Scottish Leaving Certificate Examination, 1961
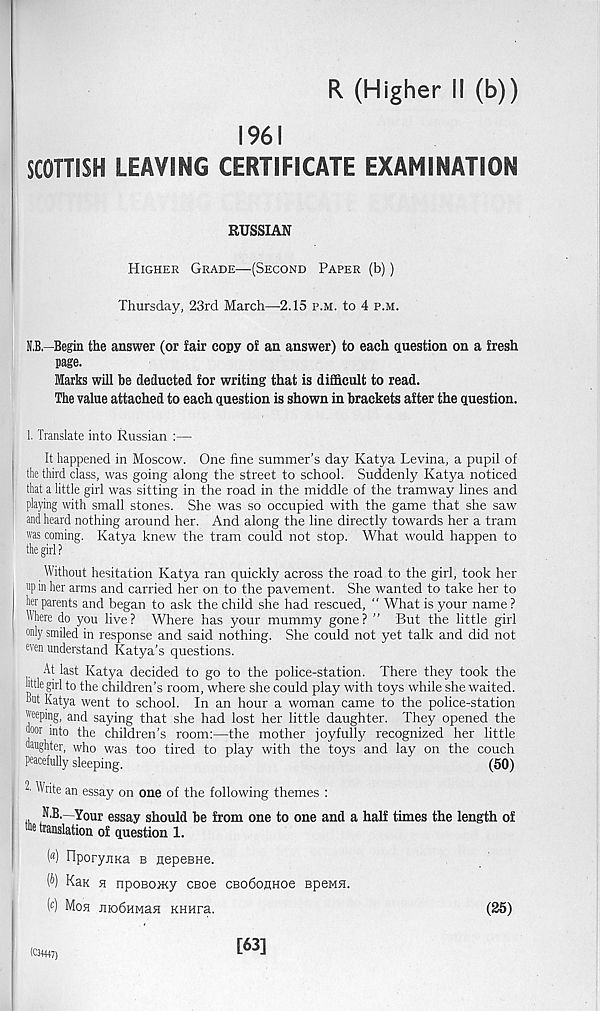
R (Higher II (b))
1961
SCOTTISH LEAVING CERTIFICATE EXAMINATION
RUSSIAN
Higher Grade—(Second Paper (b))
Thursday, 23rd March—2.15 p.m. to 4 p.m.
N,B.—Begin the answer (or fair copy of an answer) to each question on a fresh
page.
Marks will be deducted for writing that is difficult to read.
The value attached to each question is shown in brackets after the question.
1. Translate into Russian :—
It happened in Moscow. One fine summer’s day Katya Levina, a pupil of
the third class, was going along the street to school. Suddenly Katya noticed
that a little girl was sitting in the road in the middle of the tramway lines and
playing with small stones. She was so occupied with the game that she saw
and heard nothing around her. And along the line directly towards her a tram
was coming. Katya knew the tram could not stop. What would happen to
the girl?
Without hesitation Katya ran quickly across the road to the girl, took her
up in her arms and carried her on to the pavement. She wanted to take her to
her parents and began to ask the child she had rescued, " What is your name?
Where do you live? Where has your mummy gone? ” But the little girl
only smiled in response and said nothing. She could not yet talk and did not
even understand Katya’s questions.
At last Katya decided to go to the police-station. There they took the
httle girl to the children’s room, where she could play with toys while she waited.
Hut Katya went to school. In an hour a woman came to the police-station
weeping, and saying that she had lost her little daughter. They opened the
uoor into the children’s room:—the mother joyfully recognized her little
daughter, who was too tired to play with the toys and lay on the couch
Peacefully sleeping.
(50)
-■ Write an essay on one of the following themes :
,, N'B.—Your essay should be from one to one and a half times the length of
® e translation of question 1.
M HporyiiKa b nepeBHe.
(&) Kan h npoBOHcy CBoe CBodonHoe BpeMH.
( c ) Moh JiiobHMaH KHHra.
(25)
(C34447)
[63]